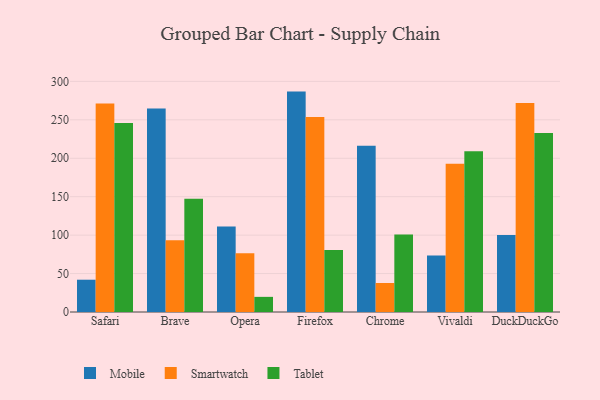
{"axis": {"x": "Browser", "y": "Page Views"}, "legend": ["Mobile", "Smartwatch", "Tablet"], "data": [{"x": "Safari", "y": 42.0, "type": "Mobile"}, {"x": "Safari", "y": 271.3, "type": "Smartwatch"}, {"x": "Safari", "y": 245.8, "type": "Tablet"}, {"x": "Brave", "y": 264.6, "type": "Mobile"}, {"x": "Brave", "y": 93.2, "type": "Smartwatch"}, {"x": "Brave", "y": 147.2, "type": "Tablet"}, {"x": "Opera", "y": 111.2, "type": "Mobile"}, {"x": "Opera", "y": 76.3, "type": "Smartwatch"}, {"x": "Opera", "y": 19.7, "type": "Tablet"}, {"x": "Firefox", "y": 286.7, "type": "Mobile"}, {"x": "Firefox", "y": 253.5, "type": "Smartwatch"}, {"x": "Firefox", "y": 80.5, "type": "Tablet"}, {"x": "Chrome", "y": 216.4, "type": "Mobile"}, {"x": "Chrome", "y": 37.7, "type": "Smartwatch"}, {"x": "Chrome", "y": 100.7, "type": "Tablet"}, {"x": "Vivaldi", "y": 73.5, "type": "Mobile"}, {"x": "Vivaldi", "y": 193.0, "type": "Smartwatch"}, {"x": "Vivaldi", "y": 209.1, "type": "Tablet"}, {"x": "DuckDuckGo", "y": 100.1, "type": "Mobile"}, {"x": "DuckDuckGo", "y": 272.0, "type": "Smartwatch"}, {"x": "DuckDuckGo", "y": 232.7, "type": "Tablet"}]}